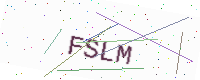
Text: FSLM